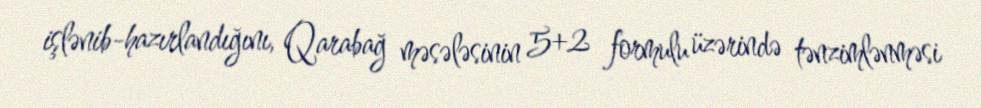
işlənib-hazırlandığını, Qarabağ məsələsinin 5+2 formulu üzərində tənzimlənməsi